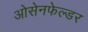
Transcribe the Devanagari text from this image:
ओसेनफेल्डर